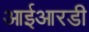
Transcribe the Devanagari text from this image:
आईआरडी